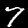
Label: 7